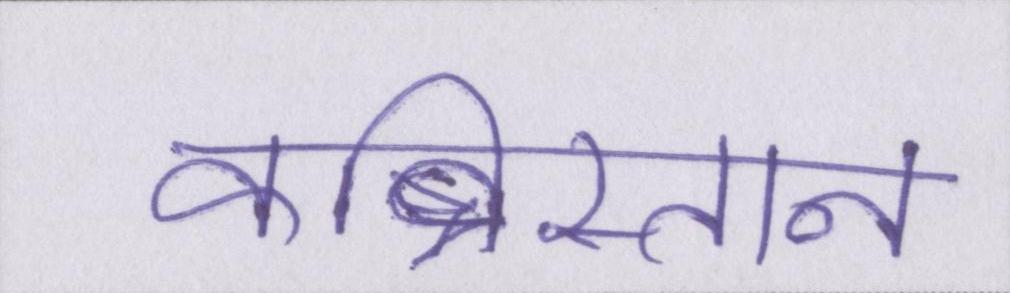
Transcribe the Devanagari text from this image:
कब्रिस्तान